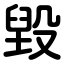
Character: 毁